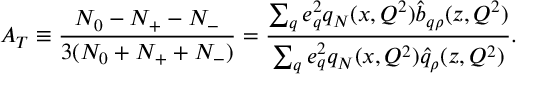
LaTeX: A _ { T } \equiv { \frac { N _ { 0 } - N _ { + } - N _ { - } } { 3 ( N _ { 0 } + N _ { + } + N _ { - } ) } } = { \frac { \sum _ { q } e _ { q } ^ { 2 } q _ { N } ( x , Q ^ { 2 } ) \hat { b } _ { q \rho } ( z , Q ^ { 2 } ) } { \sum _ { q } e _ { q } ^ { 2 } q _ { N } ( x , Q ^ { 2 } ) \hat { q } _ { \rho } ( z , Q ^ { 2 } ) } } .